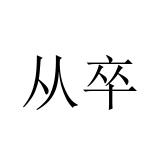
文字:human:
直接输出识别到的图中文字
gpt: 从卒